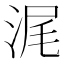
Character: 浘